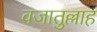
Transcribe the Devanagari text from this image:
वजातुल्लाह